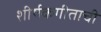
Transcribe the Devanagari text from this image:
शीर्षकगीताची